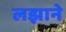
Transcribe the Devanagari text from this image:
लझाने